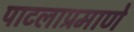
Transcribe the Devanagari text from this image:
पाटलाप्रमाणे